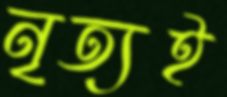
নৃত্যই